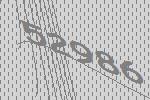
52986